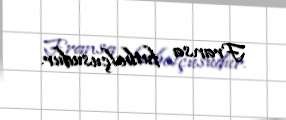
Fransa futbolçusudur.